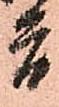
首